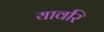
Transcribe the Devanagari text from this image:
यावरि